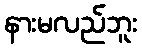
နားမလည်ဘူး